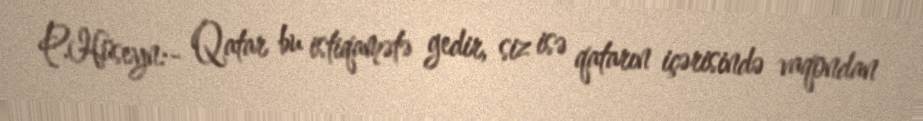
P.Hüseyn:- Qatar bu istiqamətə gedir, siz isə qatarın içərisində vaqondan